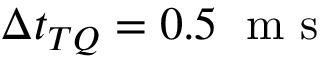
\Delta t _ { T Q } = 0 . 5 \; \mathrm { ~ m ~ s ~ }